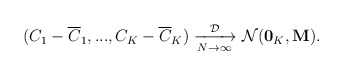
\begin{align*}\begin{aligned}(C_1-\overline{C}_{1},...,C_{K}-\overline{C}_{K}) \xrightarrow[N \rightarrow \infty]{\mathcal{D}} \mathcal{N}(\bold{0}_{K},\bold{M}).\end{aligned}\end{align*}